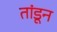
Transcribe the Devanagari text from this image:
तांडून